Report of the Bombay Plague Committee
Disease focus: Plague
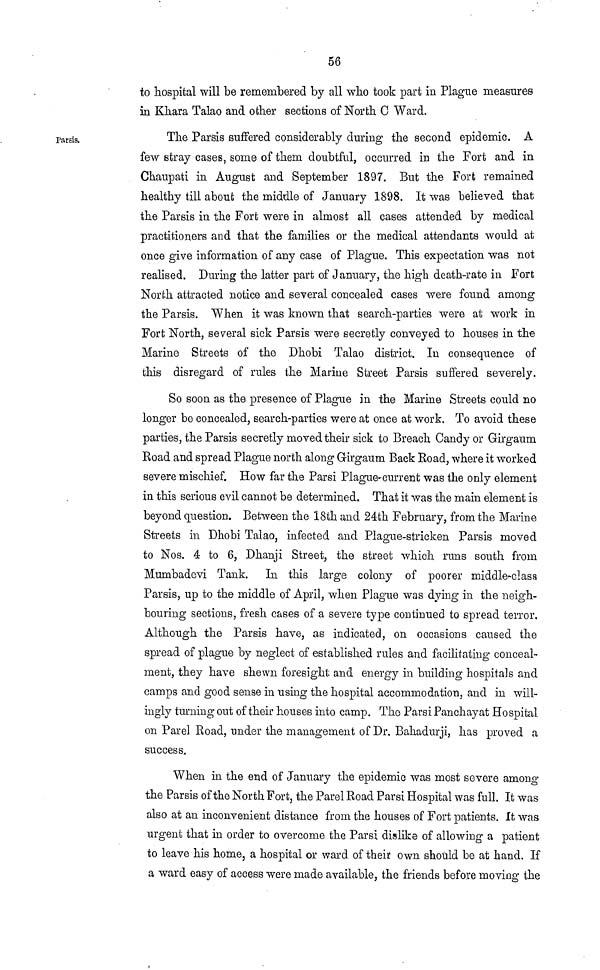
56
to hospital will be remembered by all who took part in Plague measures
in Khara Talao and other sections of North 0 Ward.
Parsis.
The Parsis suffered considerably during the second epidemic. A
few stray cases, some of them doubtful, occurred in the Fort and in
Chaupati in August and September 1897. But the Fort remained
healthy till about the middle of January 1898. It was believed that
the Parsis in the Fort were in almost all cases attended by medical
practitioners and that the families or the medical attendants would at
once give information of any case of Plague. This expectation was not
realised. During the latter part of January, the high death-rate in Fort
North attracted notice and several concealed cases were found among
the Parsis. When it was known that search-parties were at work in
Fort North, several sick Parsis were secretly conveyed to houses in the
Marine Streets of the Dhobi Talao district. In consequence of
this disregard of rules the Marine Street Parsis suffered severely.
So soon as the presence of Plague in the Marine Streets could no
longer be concealed, search-parties were at once at work. To avoid these
parties, the Parsis secretly moved their sick to Breach Candy or Girgaum
Road and spread Plague north along Girgaum Back Road, where it worked
severe mischief. How far the Parsi Plague-current was the only element
in this serious evil cannot be determined. That it was the main element is
beyond question. Between the 18th and 24th February, from the Marine
Streets in Dhobi Talao, infected and Plague-stricken Parsis moved
to Nos. 4 to 6, Dhanji Street, the street which runs south from
Mumbadevi Tank. In this large colony of poorer middle-class
Parsis, up to the middle of April, when Plague was dying in the neigh-
bouring sections, fresh cases of a severe type continued to spread terror.
Although the Parsis have, as indicated, on occasions caused the
spread of plague by neglect of established rules and facilitating conceal-
ment, they have shewn foresight and energy in building hospitals and
camps and good sense in using the hospital accommodation, and in will-
ingly turning out of their houses into camp. The Parsi Panchayat Hospital
on Pare] Road, under the management of Dr. Bahadurji, has proved a
success.
When in the end of January the epidemic was most severe among
the Parsis of the North Fort, the Parel Road Parsi Hospital was full. It was
also at an inconvenient distance from the houses of Fort patients. It was
urgent that in order to overcome the Parsi dislike of allowing a patient
to leave his home, a hospital or ward of their own should be at hand. If
a ward easy of access were made available, the friends before moving the